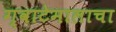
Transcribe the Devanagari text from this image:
ग्वाटेमालाचा